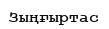
Зыңғыртас